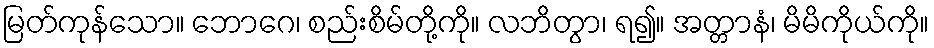
မြတ်ကုန်သော။ ဘောဂေ၊ စည်းစိမ်တို့ကို။ လဘိတွာ၊ ရ၍။ အတ္တာနံ၊ မိမိကိုယ်ကို။